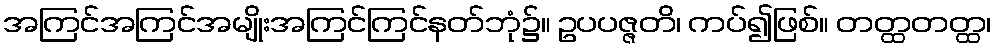
အကြင်အကြင်အမျိုးအကြင်ကြင်နတ်ဘုံ၌။ ဥပပဇ္ဇတိ၊ ကပ်၍ဖြစ်။ တတ္ထတတ္ထ၊